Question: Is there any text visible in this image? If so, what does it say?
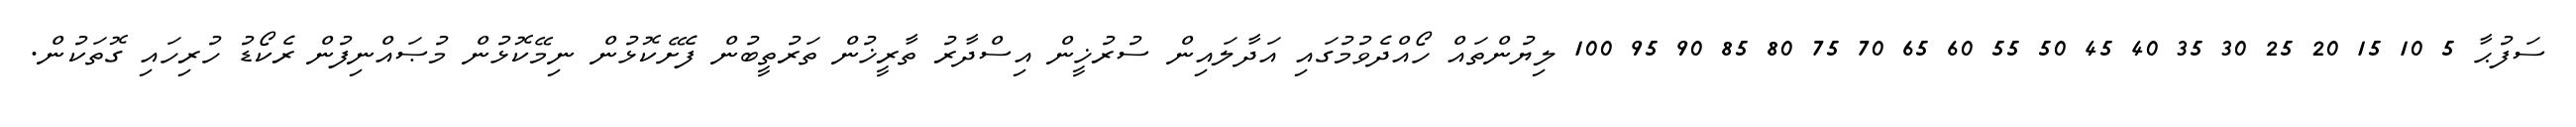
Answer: ސަފުޙާ 5 10 15 20 25 30 35 40 45 50 55 60 65 70 75 80 85 90 95 100 ލިޔުންތައް ހޯއްދެވުމުގައި އަދާލައިން ސުރުޚީން އިސްދާރު ތާރީޚުން ތަރުތީބުން ފެށޭކޮޅުން ނިމޭކޮޅުން މުޞައްނިފުން ރެކޯޑު ހުރިހައި ގޮތަކުން.